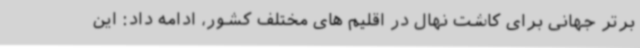
برتر جهانی برای کاشت نهال در اقلیم های مختلف کشور، ادامه داد: این